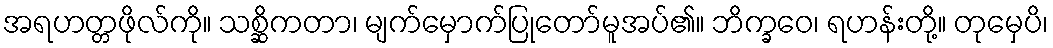
အရဟတ္တဖိုလ်ကို။ သစ္ဆိကတာ၊ မျက်မှောက်ပြုတော်မူအပ်၏။ ဘိက္ခဝေ၊ ရဟန်းတို့။ တုမှေပိ၊